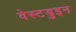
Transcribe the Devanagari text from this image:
वेस्टडुइन